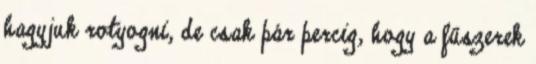
hagyjuk rotyogni, de csak pár percig, hogy a fűszerek